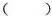
( )